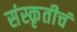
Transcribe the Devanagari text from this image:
संस्कृतीचं